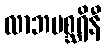
လာဘမစ္ဆရိနီ